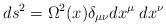
LaTeX: \begin{align*}ds^2= \Omega^2(x) \delta_{\mu\nu} dx^{\mu}\;dx^{\nu}\end{align*}